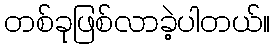
တစ်ခုဖြစ်လာခဲ့ပါတယ်။